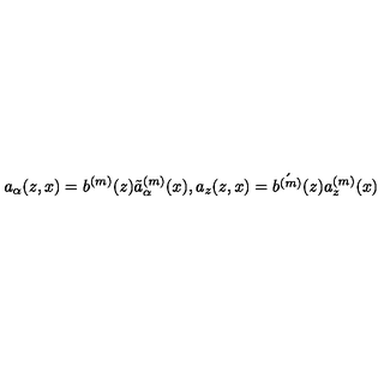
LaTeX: a _ { \alpha } ( z , x ) = b ^ { ( m ) } ( z ) \tilde { a } _ { \alpha } ^ { ( m ) } ( x ) , a _ { z } ( z , x ) = \acute { b ^ { ( m ) } } ( z ) a _ { z } ^ { ( m ) } ( x )